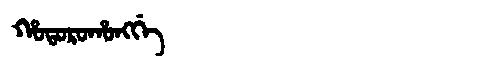
Manchu: ᡥᠣᡨᠣᡵᠣᡥᠣᠩᡤᡝ
Romanization: HOTOROHONGGE